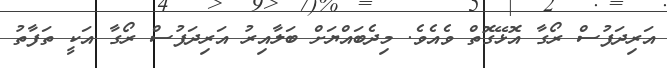
އަރިދަފުސް ރޯގާ އޮޅޭގޮތް ވެއެވެ. މިދެބައްޔަށް ބަލާއިރު އަރިދަފުސް ރޯގާ އަކީ ތަފާތު